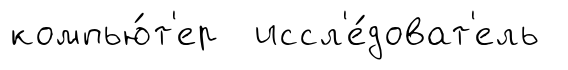
компью́т'ер иссл'е́доват'ель